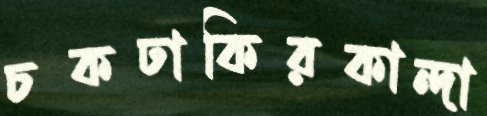
চকঢাকিরকান্দা